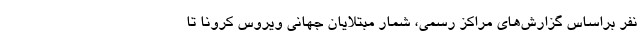
نفر براساس گزارش‌های مراکز رسمی، شمار مبتلایان جهانی ویروس کرونا تا